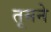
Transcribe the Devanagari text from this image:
तूमने